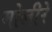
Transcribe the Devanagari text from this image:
मोलीरे